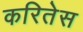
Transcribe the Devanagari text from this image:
करितेस